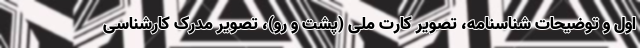
اول و توضیحات شناسنامه، تصویر کارت ملی (پشت و رو)، تصویر مدرک کارشناسی